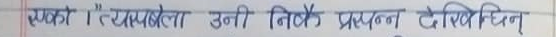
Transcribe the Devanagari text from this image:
सप्रते "" लॅखमलाया उनी तिहै प्रापन देखिथिन